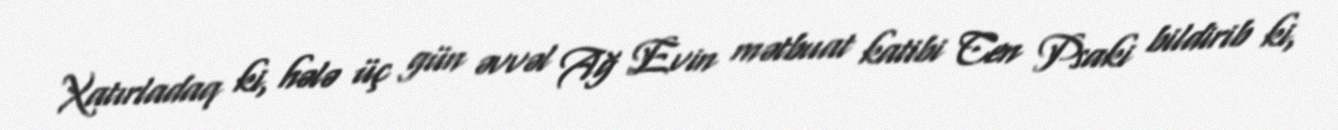
Xatırladaq ki, hələ üç gün əvvəl Ağ Evin mətbuat katibi Cen Psaki bildirib ki,